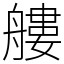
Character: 艛